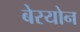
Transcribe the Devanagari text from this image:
बेरयोन